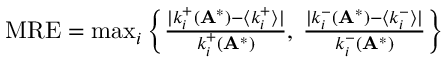
\begin{array} { r } { \mathrm { M R E } = \operatorname* { m a x } _ { i } \left\{ \frac { | k _ { i } ^ { + } ( \mathbf A ^ { * } ) - \langle k _ { i } ^ { + } \rangle | } { k _ { i } ^ { + } ( \mathbf A ^ { * } ) } , \: \frac { | k _ { i } ^ { - } ( \mathbf A ^ { * } ) - \langle k _ { i } ^ { - } \rangle | } { k _ { i } ^ { - } ( \mathbf A ^ { * } ) } \right\} } \end{array}